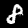
Digit: 8